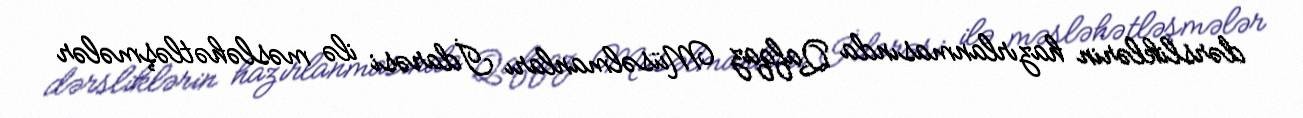
dərsliklərin hazırlanmasında Qafqaz Müsəlmanları İdarəsi ilə məsləhətləşmələr